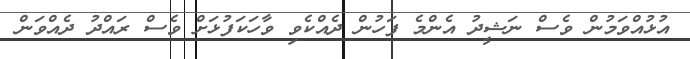
އުޅުއްވަމުން ވެސް ނަޝީދު އެންމެ ފަހުން ދެއްކެވި ވާހަކަފުޅަށް ވެސް ރައްދު ދެއްވަން